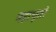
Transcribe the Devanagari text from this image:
महाभूतो